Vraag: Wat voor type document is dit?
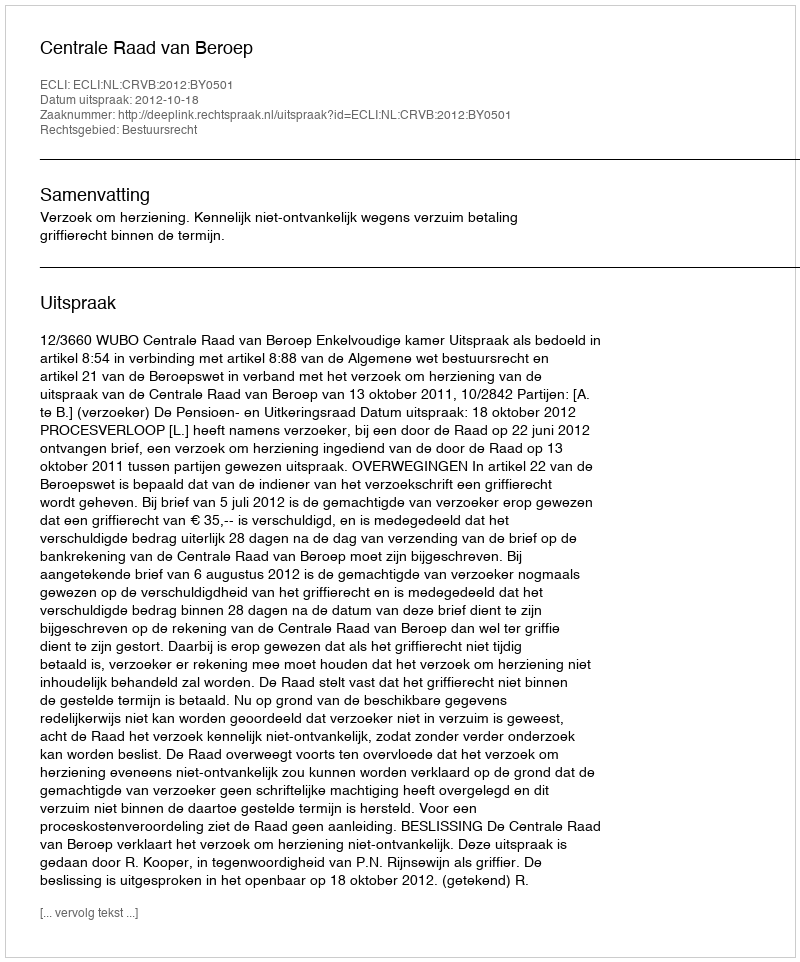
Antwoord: Uitspraak